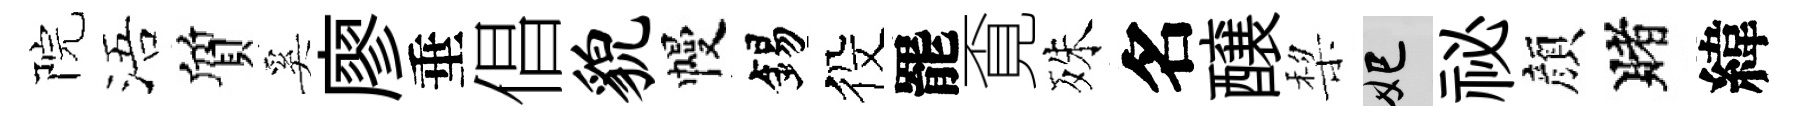
院浯質奚廖垂倡貌幔錫役罷覔殊名醸棃妃祕顔賭緯